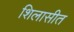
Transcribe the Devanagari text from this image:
शिलासीत